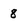
Character: 8